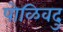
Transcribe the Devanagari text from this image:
पोळिवदु